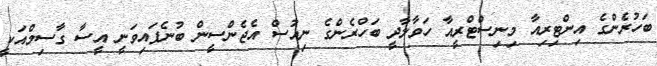
ބަހުރެންގެ އިންޓިރިއާ މިނިސްޓްރީއާ ހަވާލާދީ ބަހްރެންގެ ނިއުސް އެޖެންސީން ބުނެފައިވަނީ އީސާ ގާސިމްއަކީ